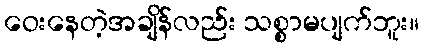
ဝေးနေတဲ့အချိန်လည်း သစ္စာမပျက်ဘူး။